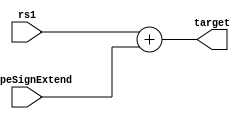
module JumpRegTargGen (
    iTypeSignExtend,
    rs1,
    target
);

    input wire [31:0] iTypeSignExtend;
    input wire [31:0] rs1;
    output wire [31:0] target;
    
    assign target = rs1 + iTypeSignExtend;

endmodule